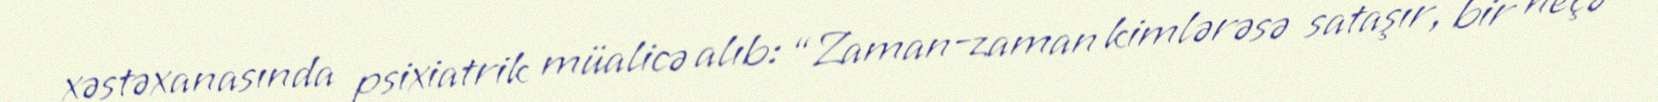
xəstəxanasında psixiatrik müalicə alıb: “Zaman-zaman kimlərəsə sataşır, bir neçə